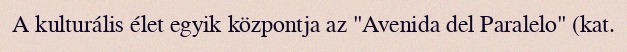
A kulturális élet egyik központja az "Avenida del Paralelo" (kat.